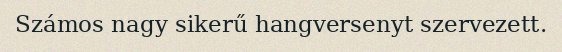
Számos nagy sikerű hangversenyt szervezett.